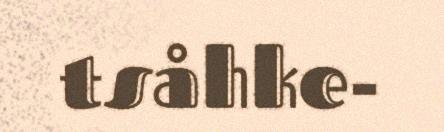
tsåhke-